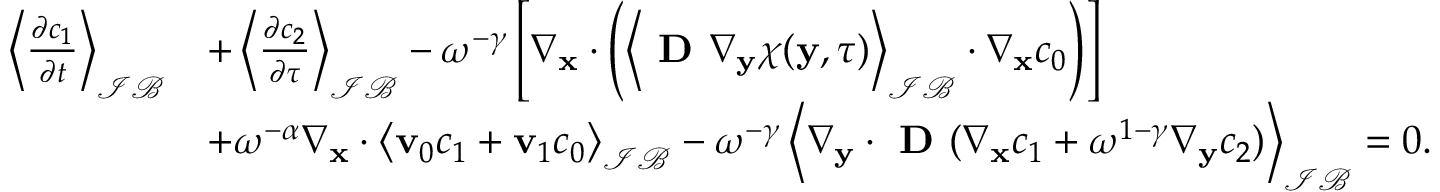
\begin{array} { r l } { \left\langle \frac { \partial c _ { 1 } } { \partial t } \right\rangle _ { \mathcal { I B } } } & { + \left\langle \frac { \partial c _ { 2 } } { \partial \tau } \right\rangle _ { \mathcal { I B } } - \omega ^ { - \gamma } \left[ \nabla _ { \mathbf { x } } \cdot \left( \left\langle \textbf { D } \nabla _ { \mathbf y } \boldsymbol \chi ( \mathbf y , \tau ) \right\rangle _ { \mathcal { I B } } \cdot \nabla _ { \mathbf x } c _ { 0 } \right) \right] } \\ & { + \omega ^ { - \alpha } \nabla _ { \mathbf x } \cdot \left\langle \mathbf v _ { 0 } c _ { 1 } + \mathbf v _ { 1 } c _ { 0 } \right\rangle _ { \mathcal { I B } } - \omega ^ { - \gamma } \left\langle \nabla _ { \mathbf y } \cdot \textbf { D } ( \nabla _ { \mathbf x } c _ { 1 } + \omega ^ { 1 - \gamma } \nabla _ { \mathbf y } c _ { 2 } ) \right\rangle _ { \mathcal { I B } } = 0 . } \end{array}